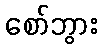
စော်ဘွား